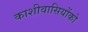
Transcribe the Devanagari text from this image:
काशीवासियोंको